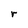
Character: r